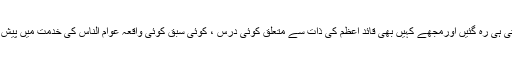
میری آنکھیں ترستی ہی رہ گئیں اورمجھے کہیں بھی قائدِ اعظم کی ذات سے متعلق کوئی درس ، کوئی سبق کوئی واقعہ عوام الناس کی خدمت میں پیش ہو تا نظر نہیں آیا۔